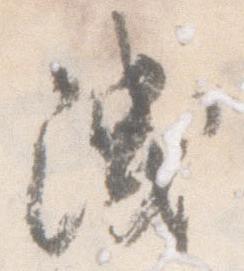
洩